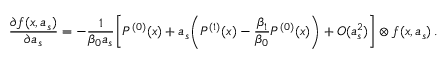
\frac { \partial f ( x , a _ { s } ) } { \partial a _ { s } } = - \frac { 1 } { \beta _ { 0 } a _ { s } } \bigg [ P ^ { ( 0 ) } ( x ) + a _ { s } \bigg ( P ^ { ( 1 ) } ( x ) - \frac { \beta _ { 1 } } { \beta _ { 0 } } P ^ { ( 0 ) } ( x ) \bigg ) + O ( a _ { s } ^ { 2 } ) \bigg ] \otimes f ( x , a _ { s } ) \: .